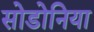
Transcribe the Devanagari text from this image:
सोडोनिया